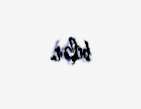
bilər.